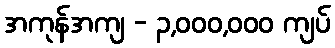
အကုန်အကျ - ၃,၀၀၀,၀၀၀ ကျပ်